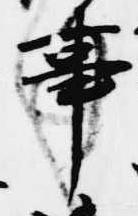
事